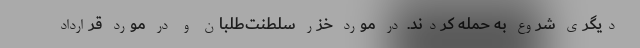
دیگری شروع به حمله کردند. در مورد خزر سلطنت‌طلبان و در مورد قرارداد